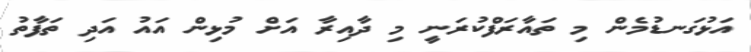
އަޅުގަނޑުމެން މި ތައާރަފްކުރަނީ މި ދާއިރާ އަށް މުޅިން އައު އަދި ތަފާތު